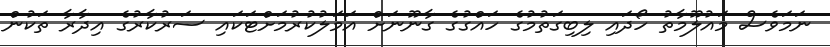
ނަމަވެސް މައުލޫމާތު ހޯދައި ލިބިގަތުމުގެ ހައްގުގެ ގާނޫނަށް އަމަލުކުރުމަށްޓަކައި ސަރުކާރުގެ އިދާރާ ތަކުން